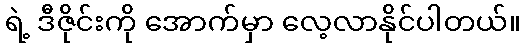
ရဲ့ ဒီဇိုင်းကို အောက်မှာ လေ့လာနိုင်ပါတယ်။